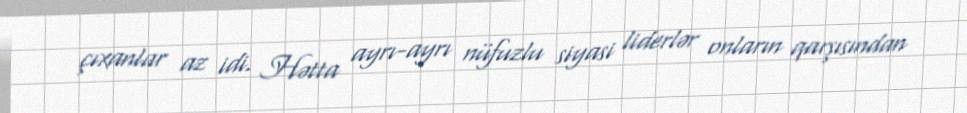
çıxanlar az idi. Hətta ayrı-ayrı nüfuzlu siyasi liderlər onların qarşısından